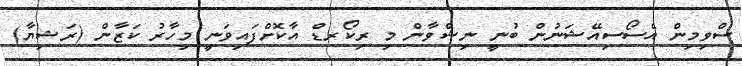
ސްވިމިން އެސޯސިއޭޝަނުން ބުނީ ނިޝްވާން މި ރިކޯރޑް އާކޮށްފައިވަނީ މިހާރު ކަޒާން (ރަޝިޔާ)